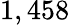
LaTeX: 1,458